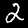
Label: 2